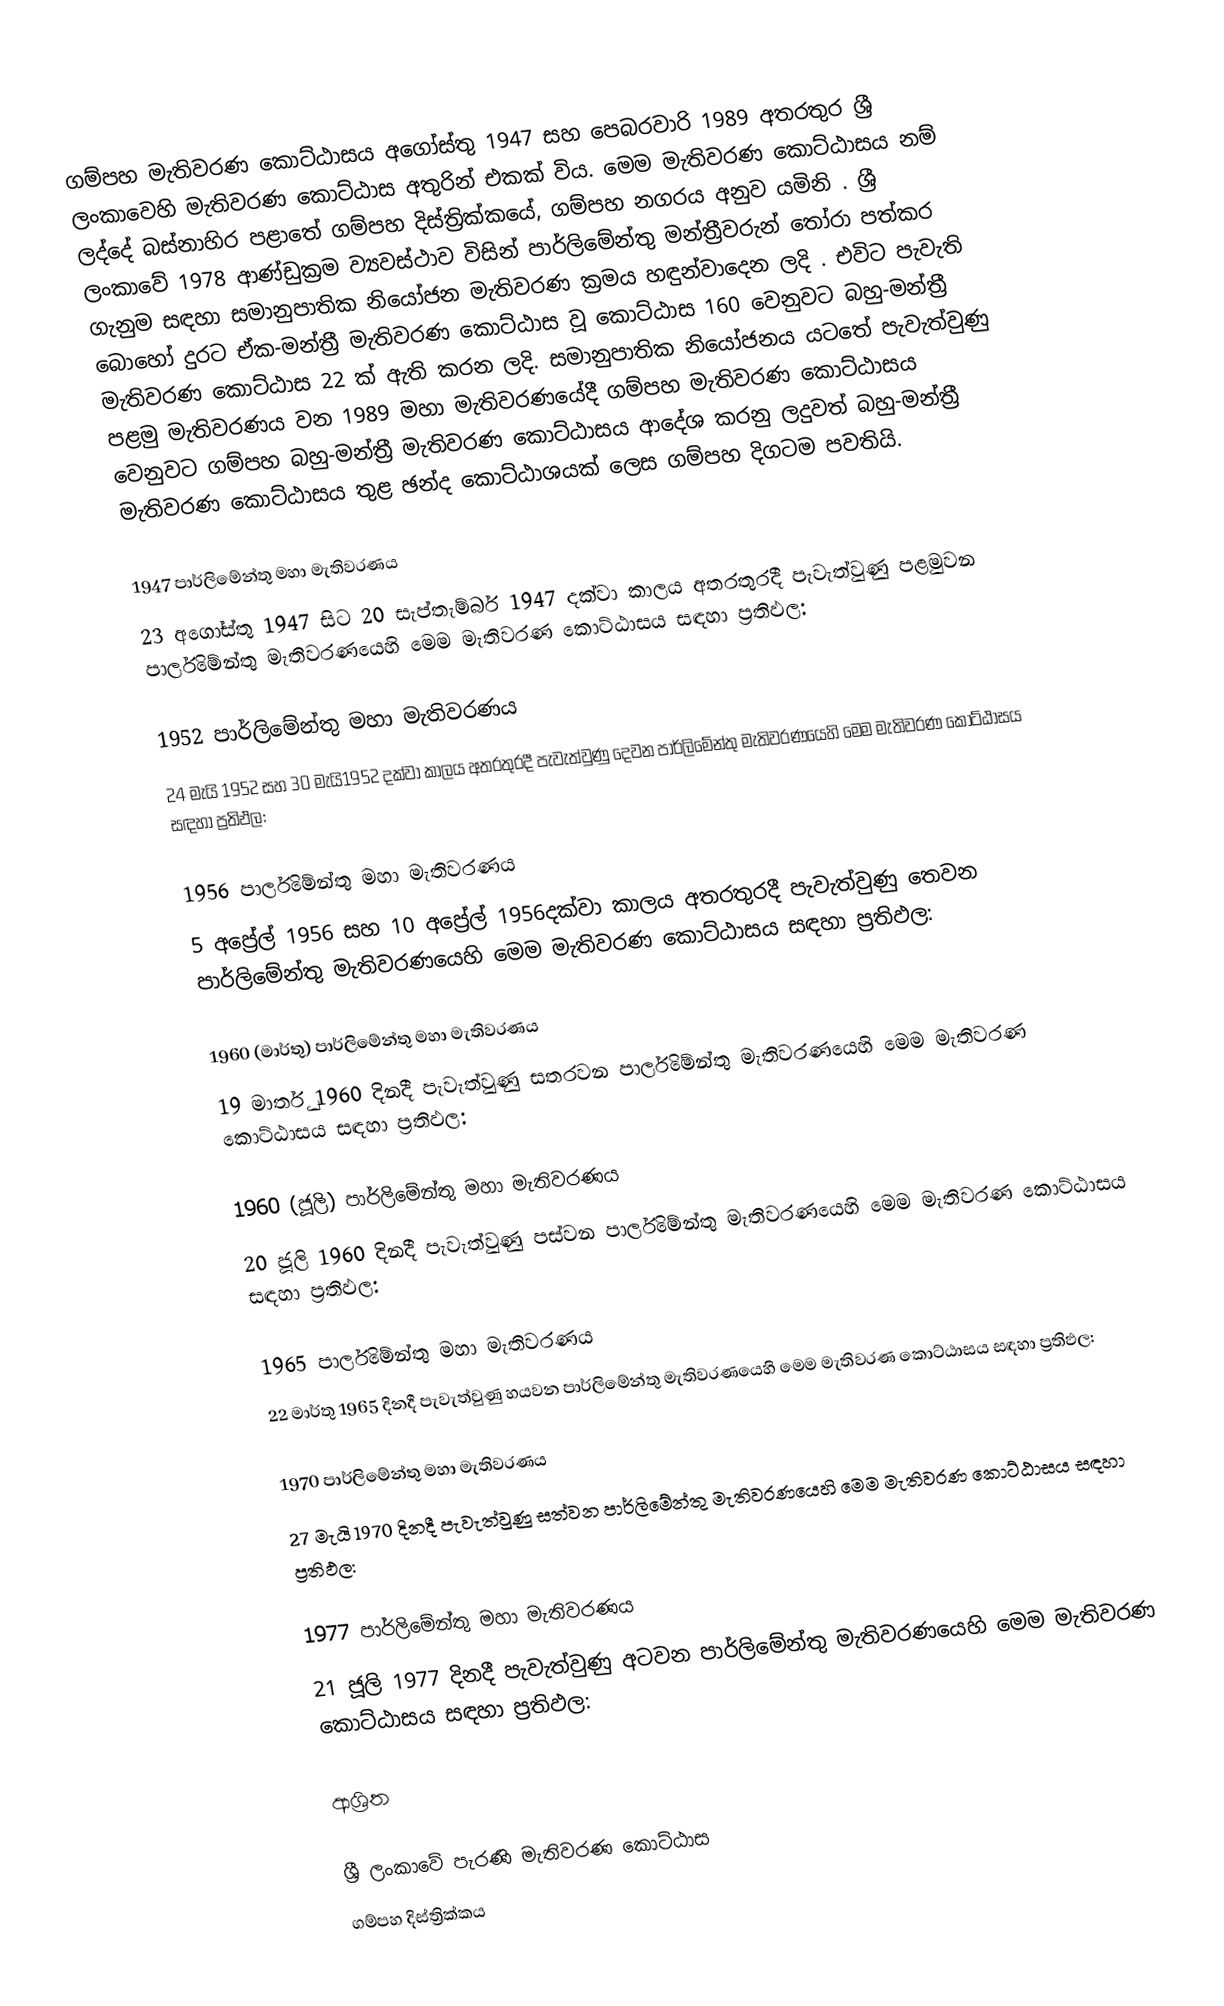
ගම්පහ මැතිවරණ කොට්ඨාසය  අගෝස්තු 1947 සහ පෙබරවාරි 1989 අතරතුර  ශ්‍රී ලංකාවෙහි  මැතිවරණ කොට්ඨාස අතුරින් එකක් විය. මෙම මැතිවරණ කොට්ඨාසය නම් ලද්දේ  බස්නාහිර පළාතේ  ගම්පහ දිස්ත්‍රික්කයේ,  ගම්පහ නගරය අනුව යමිනි . ශ්‍රී ලංකාවේ 1978 ආණ්ඩුක්‍රම ව්‍යවස්ථාව විසින්   පාර්ලිමේන්තු මන්ත්‍රීවරුන් තෝරා පත්කර ගැනුම සඳහා සමානුපාතික නියෝජන මැතිවරණ ක්‍රමය හඳුන්වාදෙන ලදි . එවිට පැවැති බොහෝ දුරට  ඒක-මන්ත්‍රී මැතිවරණ කොට්ඨාස වූ කොට්ඨාස 160 වෙනුවට බහු-මන්ත්‍රී මැතිවරණ කොට්ඨාස 22 ක් ඇති කරන ලදි. සමානුපාතික නියෝජනය යටතේ පැවැත්වුණු පළමු මැතිවරණය වන 1989 මහා මැතිවරණයේදී  ගම්පහ මැතිවරණ කොට්ඨාසය වෙනුවට  ගම්පහ බහු-මන්ත්‍රී මැතිවරණ කොට්ඨාසය  ආදේශ කරනු ලදුවත් බහු-මන්ත්‍රී මැතිවරණ කොට්ඨාසය තුළ ඡන්ද කොට්ඨාශයක් ලෙස ගම්පහ දිගටම පවතියි.

1947 පාර්ලිමේන්තු මහා මැතිවරණය
23 අගෝස්තු 1947 සිට 20 සැප්තැම්බර් 1947 දක්වා කාලය අතරතුරදී පැවැත්වුණු  පළමුවන පාර්ලිමේන්තු මැතිවරණයෙහි මෙම මැතිවරණ කොට්ඨාසය සඳහා ප්‍රතිඵල:

1952 පාර්ලිමේන්තු මහා මැතිවරණය
24 මැයි 1952 සහ 30 මැයි1952 දක්වා කාලය අතරතුරදී පැවැත්වුණු  දෙවන පාර්ලිමේන්තු මැතිවරණයෙහි මෙම මැතිවරණ කොට්ඨාසය සඳහා ප්‍රතිඵල:

1956 පාර්ලිමේන්තු මහා මැතිවරණය
5 අප්‍රේල් 1956 සහ 10 අප්‍රේල් 1956දක්වා කාලය අතරතුරදී පැවැත්වුණු  තෙවන පාර්ලිමේන්තු මැතිවරණයෙහි මෙම මැතිවරණ කොට්ඨාසය සඳහා ප්‍රතිඵල:

1960 (මාර්තු) පාර්ලිමේන්තු මහා මැතිවරණය
19 මාර්තු 1960 දිනදී පැවැත්වුණු  සතරවන පාර්ලිමේන්තු මැතිවරණයෙහි මෙම මැතිවරණ කොට්ඨාසය සඳහා ප්‍රතිඵල:

1960 (ජූලි) පාර්ලිමේන්තු මහා මැතිවරණය
20 ජූලි 1960 දිනදී පැවැත්වුණු  පස්වන පාර්ලිමේන්තු මැතිවරණයෙහි මෙම මැතිවරණ කොට්ඨාසය සඳහා ප්‍රතිඵල:

1965 පාර්ලිමේන්තු මහා මැතිවරණය
22 මාර්තු 1965  දිනදී පැවැත්වුණු  හයවන පාර්ලිමේන්තු මැතිවරණයෙහි මෙම මැතිවරණ කොට්ඨාසය සඳහා ප්‍රතිඵල:

1970 පාර්ලිමේන්තු මහා මැතිවරණය
27 මැයි 1970 දිනදී පැවැත්වුණු  සත්වන පාර්ලිමේන්තු මැතිවරණයෙහි මෙම මැතිවරණ කොට්ඨාසය සඳහා ප්‍රතිඵල:

1977 පාර්ලිමේන්තු මහා මැතිවරණය
21 ජූලි 1977 දිනදී පැවැත්වුණු  අටවන පාර්ලිමේන්තු මැතිවරණයෙහි මෙම මැතිවරණ කොට්ඨාසය සඳහා ප්‍රතිඵල:

ආශ්‍රිත

ශ්‍රී ලංකාවේ පැරණි මැතිවරණ කොට්ඨාස
 ගම්පහ දිස්ත්‍රික්කය